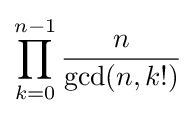
\prod _{k=0}^{n-1}{\frac {n}{\gcd(n,k!)}}